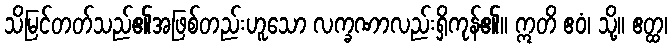
သိမြင်တတ်သည်၏အဖြစ်တည်းဟူသော လက္ခဏာလည်းရှိကုန်၏။ ဣတိ ဧဝံ၊ သို့။ ဧတ္ထ၊